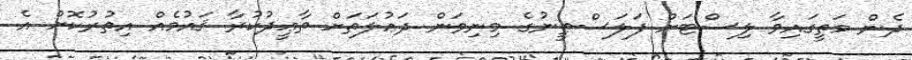
ދެން މަތީގައިވާ ލިސްޓަށް ފަލަސްޠީނުގެ މިނިވަން ދަޢުލަތަށް ތާޢީދުކުރާ ޤައުމެއް އިތުރުކޮށް އެ